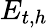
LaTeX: E_{t,h}